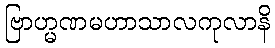
ဗြာဟ္မဏမဟာသာလကုလာနိ